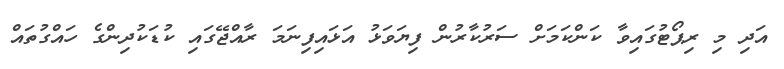
އަދި މި ރިޕޯޓުގައިވާ ކަންކަމަށް ސަރުކާރުން ފިޔަވަޅު އަޅައިފިނަމަ ރާއްޖޭގައި ކުޑަކުދިންގެ ހައްގުތައް